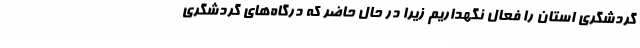
گردشگری استان را فعال نگهداریم زیرا در حال حاضر که درگاه‌های گردشگری